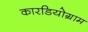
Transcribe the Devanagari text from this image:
कारडियोग्राम